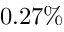
0 . 2 7 \%